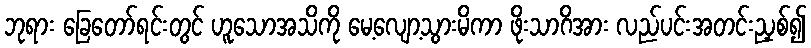
ဘုရား ခြေတော်ရင်းတွင် ဟူသောအသိကို မေ့လျော့သွားမိကာ ဖိုးသာဂိအား လည်ပင်းအတင်းညှစ်၍